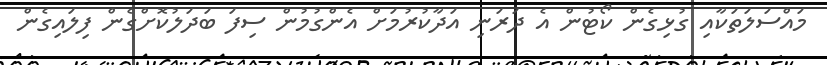
މައްސަލަތަކާއި ގުޅިގެން ކޯޓުން އެ ދަރަނި އަދާކުރުމަށް އެންގުމުން ސިފަ ބަދަލުކޮށްގެން ފިލައިގެން